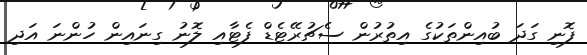
ފޮނި ގަދަ ބުއިންތަކުގެ އިތުރުން ސެޗުރޭޓެޑް ފެޓާއި ލޮނު ގިނައިން ހުންނަ އަދި